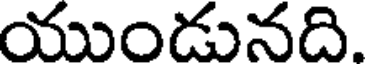
యుండునది.